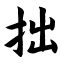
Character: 拙